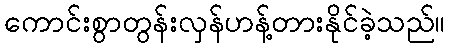
ကောင်းစွာတွန်းလှန်ဟန့်တားနိုင်ခဲ့သည်။